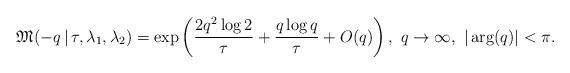
LaTeX: \begin{align*}\mathfrak{M}(-q\,|\,\tau,\lambda_1,\lambda_2) =\exp\left(\frac{2q^2\log 2}{\tau} + \frac{q\log q}{\tau} +O(q)\right),\,\, q\rightarrow\infty,\,\,|\arg(q)|<\pi.\end{align*}